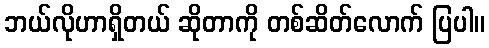
ဘယ်လိုဟာရှိတယ် ဆိုတာကို တစ်ဆိတ်လောက် ပြပါ။